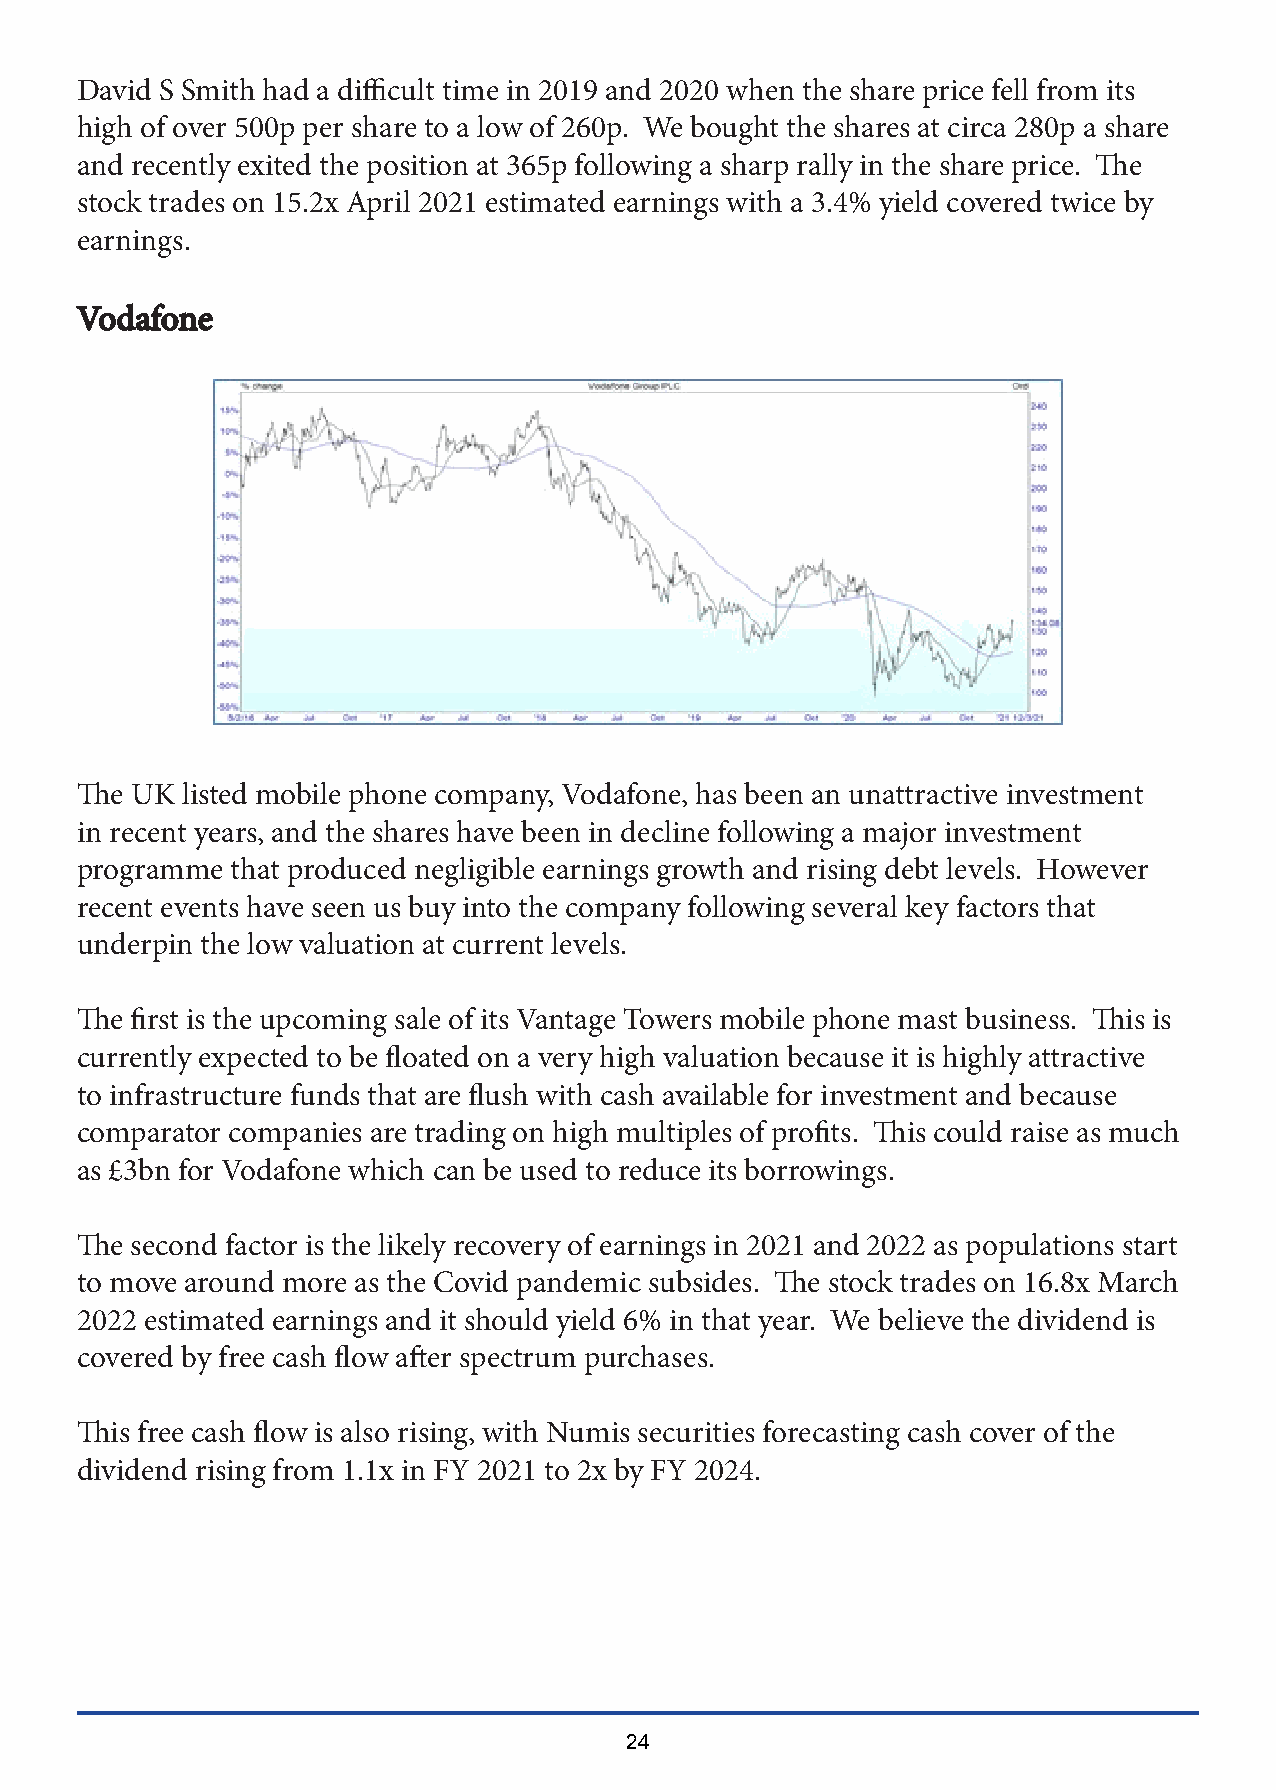
David S Smith had a difficult time in 2019 and 2020 when the share price fell from its
 high of over 500p per share to a low of 260p. We bought the shares at circa 280p a share
 and recently exited the position at 365p following a sharp rally in the share price. The
 stock trades on 15.2x April 2021 estimated earnings with a 3.4% yield covered twice by
 earnings.
 VVooddaaffoonnee
 The UK listed mobile phone company, Vodafone, has been an unattractive investment
 in recent years, and the shares have been in decline following a major investment
 programme that produced negligible earnings growth and rising debt levels. However
 recent events have seen us buy into the company following several key factors that
 underpin the low valuation at current levels.
 The first is the upcoming sale of its Vantage Towers mobile phone mast business. This is
 currently expected to be floated on a very high valuation because it is highly attractive
 to infrastructure funds that are flush with cash available for investment and because
 comparator companies are trading on high multiples of profits. This could raise as much
 as £3bn for Vodafone which can be used to reduce its borrowings.
 The second factor is the likely recovery of earnings in 2021 and 2022 as populations start
 to move around more as the Covid pandemic subsides. The stock trades on 16.8x March
 2022 estimated earnings and it should yield 6% in that year. We believe the dividend is
 covered by free cash flow after spectrum purchases.
 This free cash flow is also rising, with Numis securities forecasting cash cover of the
 dividend rising from 1.1x in FY 2021 to 2x by FY 2024.
 24